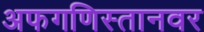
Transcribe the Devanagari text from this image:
अफगणिस्तानवर